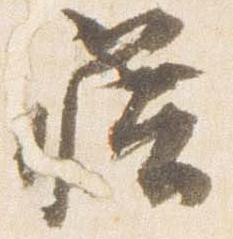
籍